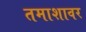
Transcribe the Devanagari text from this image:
तमाशावर